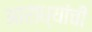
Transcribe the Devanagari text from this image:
आराध्यांची